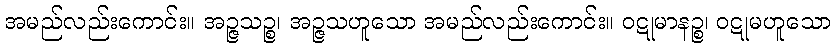
အမည်လည်းကောင်း။ အဉ္ဇသဉ္စ၊ အဉ္ဇသဟူသော အမည်လည်းကောင်း။ ဝဋုမာနဉ္စ၊ ဝဋုမဟူသော